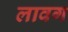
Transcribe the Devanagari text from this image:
लावग